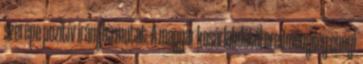
szerepe pozitív irányba mutat. A magyar kosárlabdától eredményileg ennyi